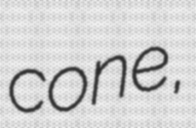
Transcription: cone,